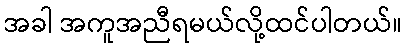
အခါ အကူအညီရမယ်လို့ထင်ပါတယ်။